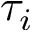
\tau _ { i }